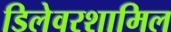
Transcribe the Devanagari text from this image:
डिलेवरशामिल